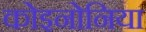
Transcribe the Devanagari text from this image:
कोइनोनिया